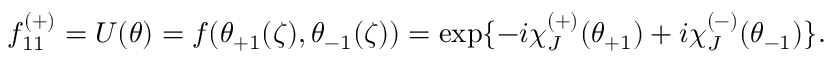
f _ { 1 1 } ^ { ( + ) } = U ( \theta ) = f ( \theta _ { + 1 } ( \zeta ) , \theta _ { - 1 } ( \zeta ) ) = \exp \{ - i \chi _ { J } ^ { ( + ) } ( \theta _ { + 1 } ) + i \chi _ { J } ^ { ( - ) } ( \theta _ { - 1 } ) \} .